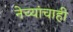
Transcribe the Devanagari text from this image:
नेच्यांचाही